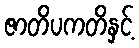
ဇာတိပကတိနှင့်